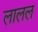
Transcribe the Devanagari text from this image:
लालल